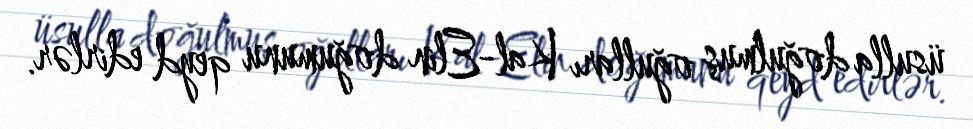
üsulla doğulmuş oğulları Kal-Elin doğumunu qeyd edirlər.